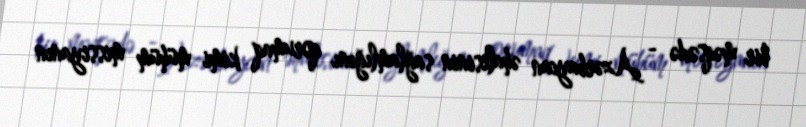
bir məqsədə - Azərbaycan əhalisinin sağlamlığını qorumaq kimi mühüm missiyanın